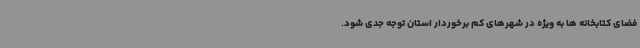
فضای کتابخانه ها به ویژه در شهرهای کم برخوردار استان توجه جدی شود.